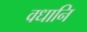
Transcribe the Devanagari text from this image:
वधानि